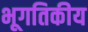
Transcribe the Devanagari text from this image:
भूगतिकीय